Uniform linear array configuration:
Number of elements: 24
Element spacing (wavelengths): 0.75
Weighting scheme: hamming
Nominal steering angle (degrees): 60
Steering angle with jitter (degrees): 58.479
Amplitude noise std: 0.05
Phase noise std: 0.05

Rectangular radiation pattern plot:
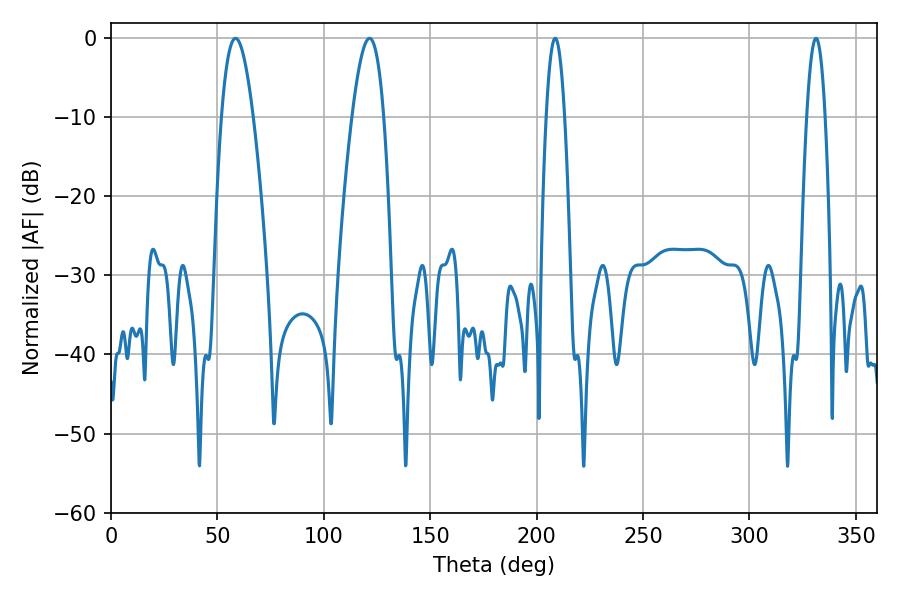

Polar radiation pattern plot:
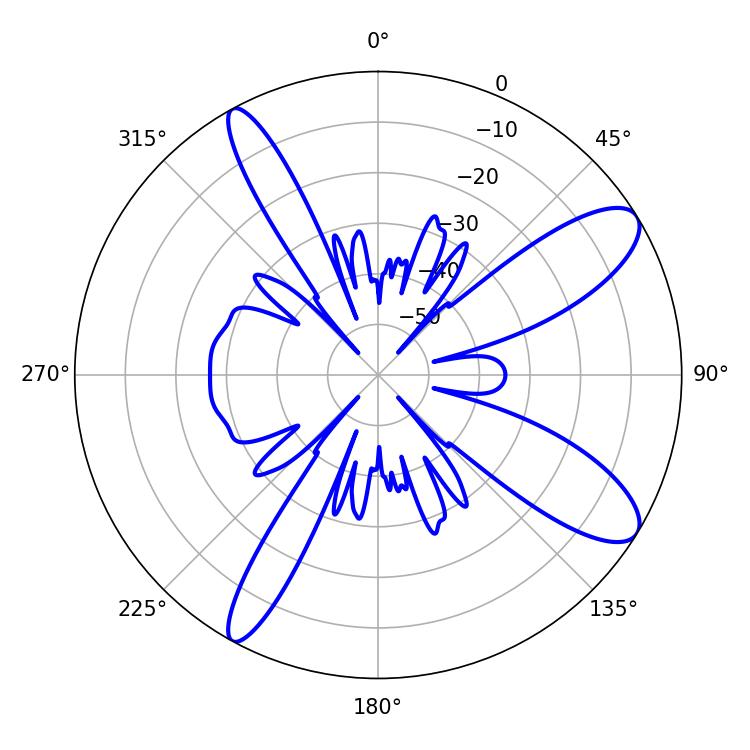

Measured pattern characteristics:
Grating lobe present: TRUE
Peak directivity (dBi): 10.583
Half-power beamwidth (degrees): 8.1
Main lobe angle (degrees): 58.5